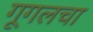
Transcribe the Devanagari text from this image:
गूगलचा